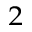
_ { 2 }